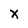
Character: x